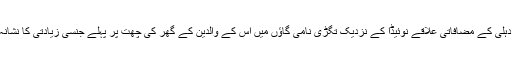
پولیس کے مطابق ملزم پر شبہ ہے کہ اس نے اس لڑکی کو نئی دہلی کے مضافاتی علاقے نوئیڈا کے نزدیک تِگڑی نامی گاؤں میں اس کے والدین کے گھر کی چھت پر پہلے جنسی زیادتی کا نشانہ بنایا اور پھر جان سے مار دینے کی نیت سے اسے آگ لگا دی۔